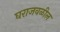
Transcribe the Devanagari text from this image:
घराजवळील